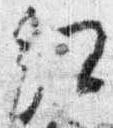
紅